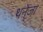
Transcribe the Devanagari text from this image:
थनेजा